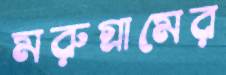
মরুগ্রামের